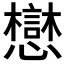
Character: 𫻓